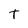
Character: T